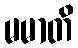
မမာတိ